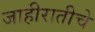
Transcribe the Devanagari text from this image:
जाहीरातीचे